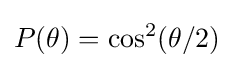
P(\theta )=\cos ^{2}(\theta /2)